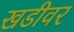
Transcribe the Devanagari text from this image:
खडीवर